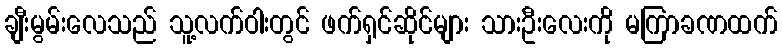
ချီးမွမ်းလေသည် သူ့လက်ဝါးတွင် ဖက်ရှင်ဆိုင်များ သားဦးလေးကို မကြာခဏထက်